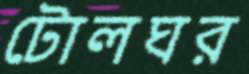
টোলঘর